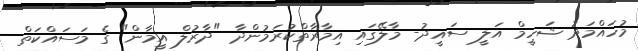
މުހައްމަދު ޝަހީމް އަލީ ސައީދު- މާލޭގައި އިމާރާތްކުރަމުންދާ "ދާރުލް އީމާން" ގެ މަސައްކަތް